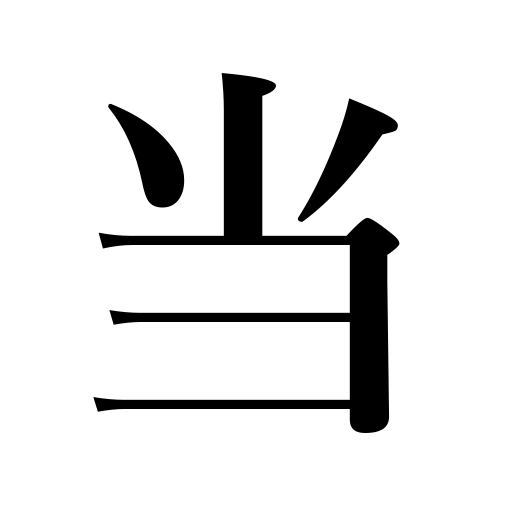
Meanings: grind,allocate,stand to reason,appropriateness,touch,assign,strike,be affected by,this coming 15th,succeed,be fulfilled,correspond to,confront,right,lie to the south,be related to,dash into,need not to with negative,have one's turn,put,shave,deal with,undertake,guess right,apply to,apply,be worth,shine on,sit on a cushion,be assigned to,at the time,turn out well,be punished by heaven,engage the enemy,be spoiling,hit the mark,be exposed to,fell out,expose to,call on a pupil,fairness,hit,draw a prize,himself,place,take well,itself,treat,warm oneself,guess,be charged with